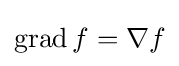
\operatorname {grad} f=\nabla f